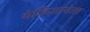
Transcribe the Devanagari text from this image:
येलिज़ावेता